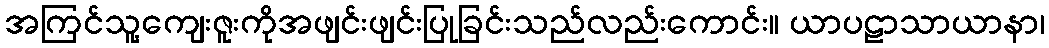
အကြင်သူ့ကျေးဇူးကိုအဖျင်းဖျင်းပြုခြင်းသည်လည်းကောင်း။ ယာပဠာသာယာနာ၊